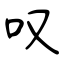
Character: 叹